342_HS1-416511228_319.1 Flying Discs 1949
Agency: Department of War
Incident date: 1/9/50
Page 113
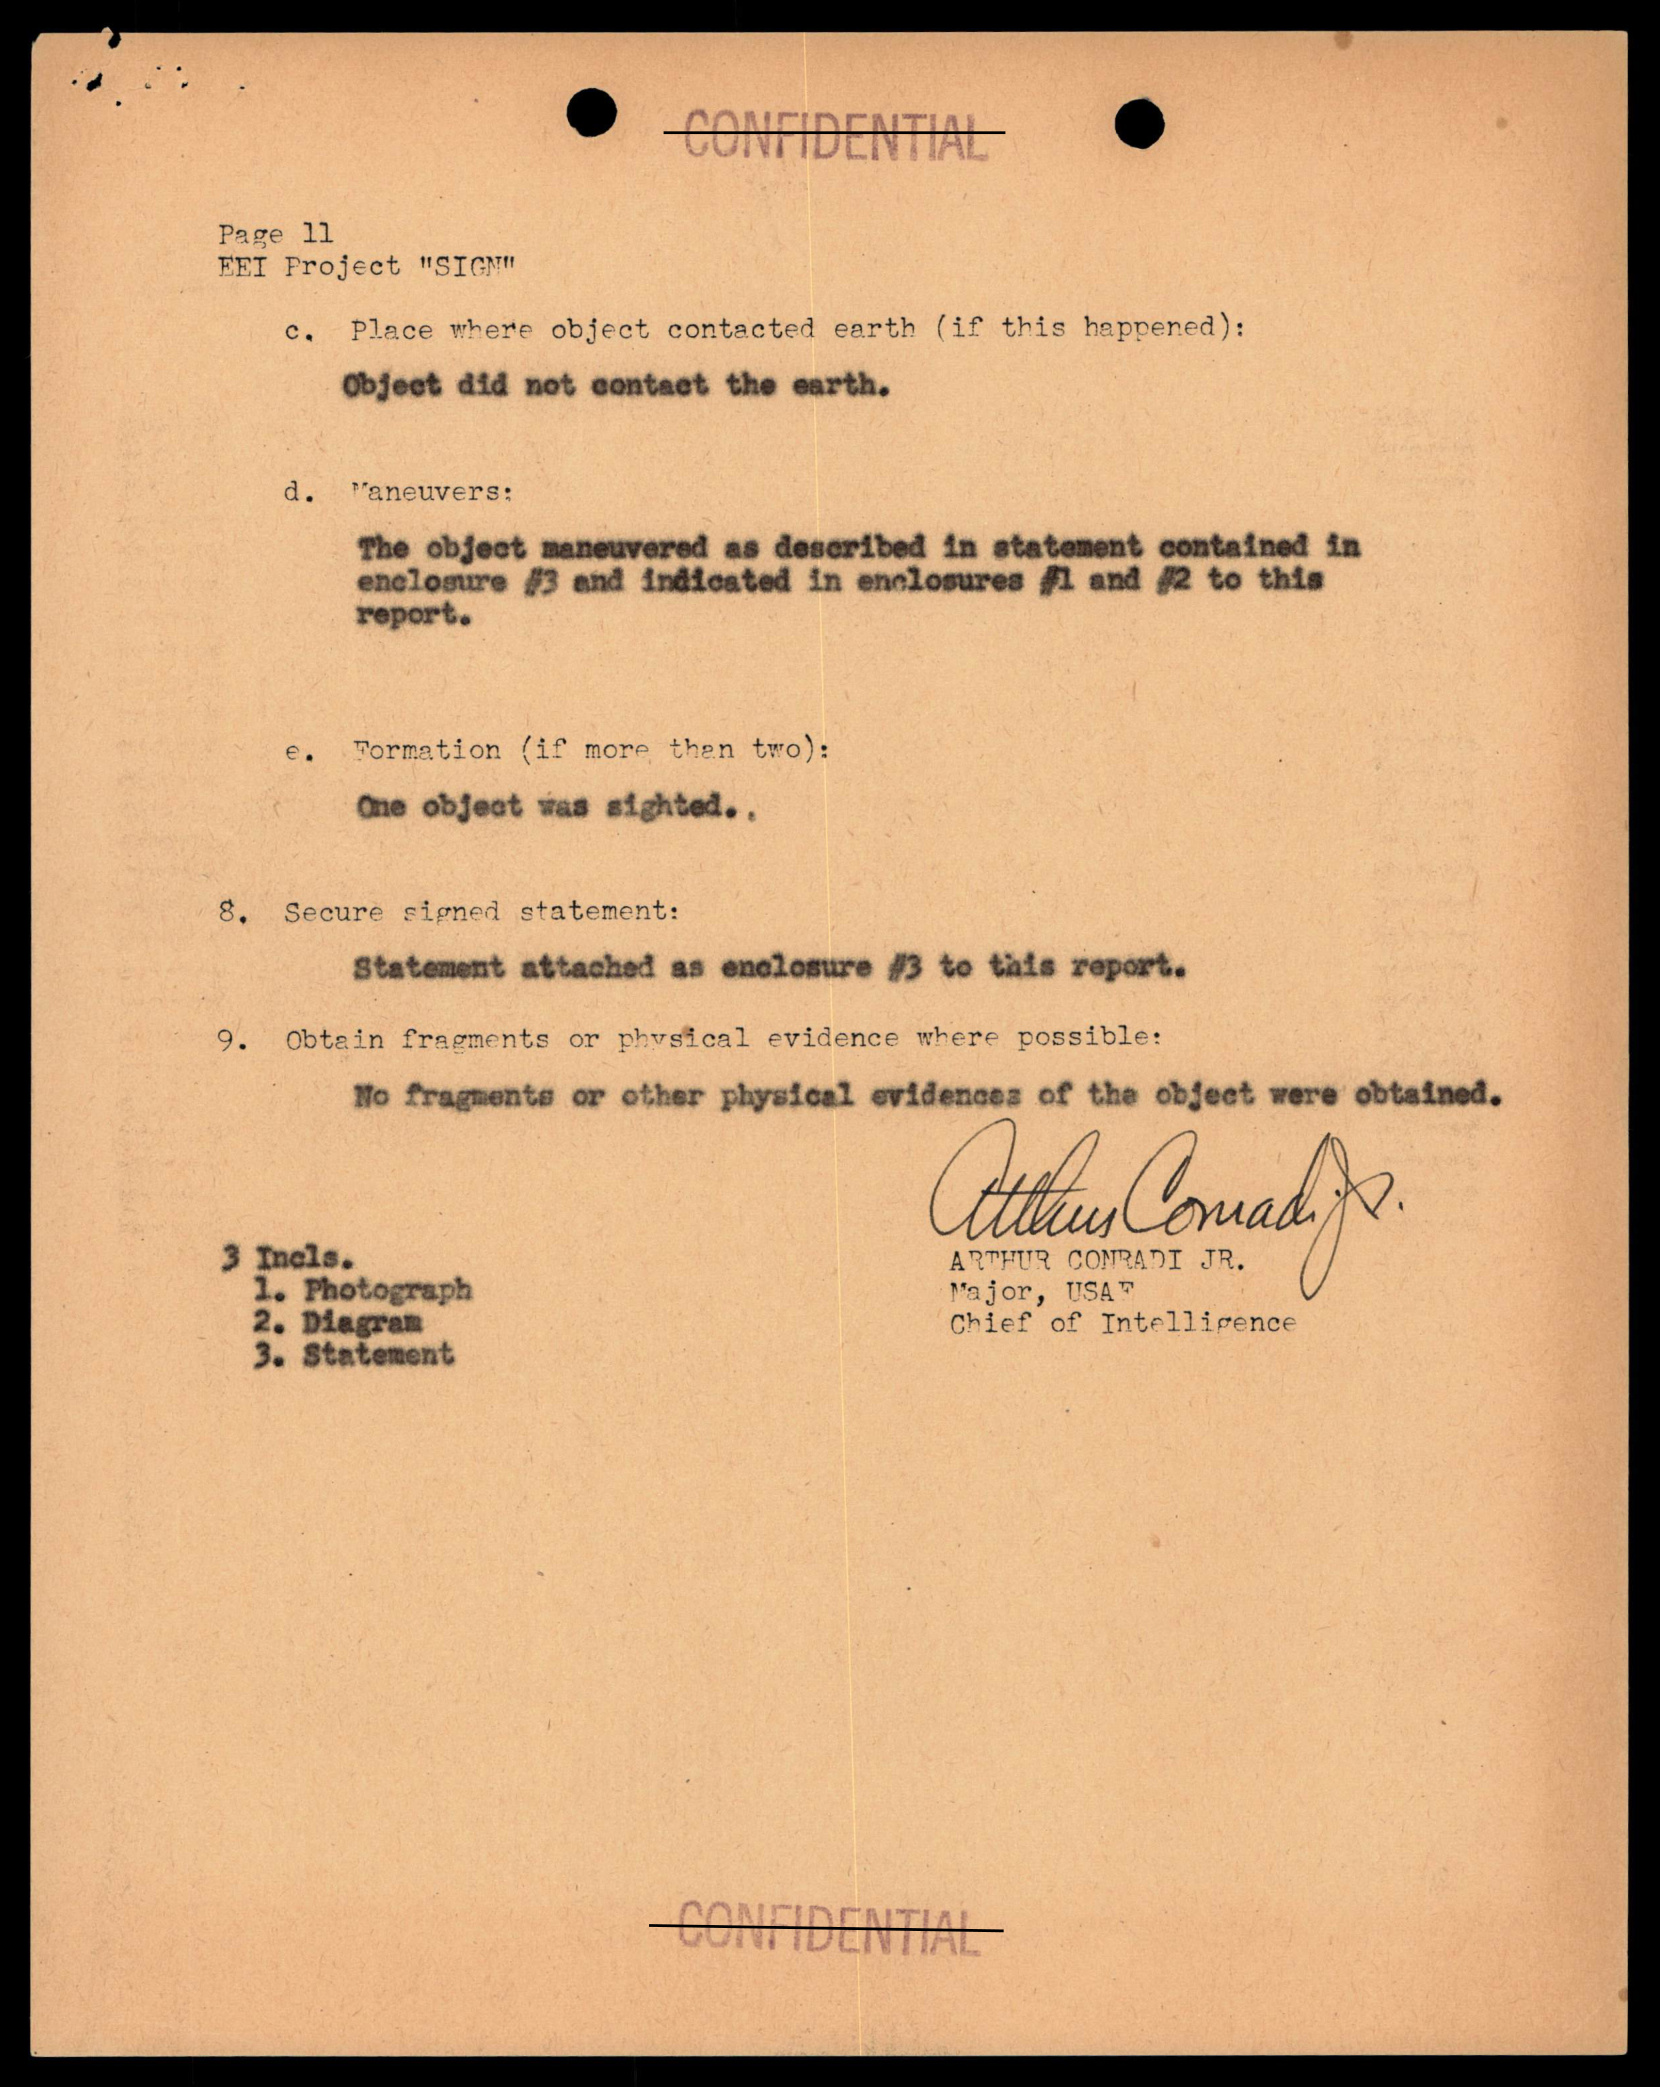